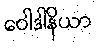
ဝေါဒါနိယာ